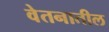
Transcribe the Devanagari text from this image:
वेतनातील